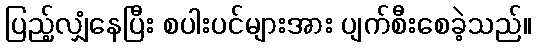
ပြည့်လျှံနေပြီး စပါးပင်များအား ပျက်စီးစေခဲ့သည်။